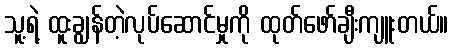
သူ့ရဲ့ ထူးချွန်တဲ့လုပ်ဆောင်မှုကို ထုတ်ဖော်ချီးကျူးတယ်။